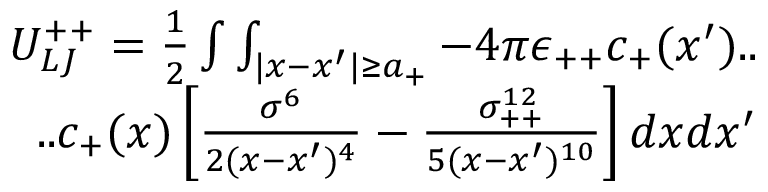
\begin{array} { r } { U _ { L J } ^ { + + } = \frac { 1 } { 2 } \int \int _ { | x - x ^ { \prime } | \geq a _ { + } } - 4 \pi \epsilon _ { + + } c _ { + } ( x ^ { \prime } ) . . } \\ { . . c _ { + } ( x ) \left[ \frac { \sigma ^ { 6 } } { 2 ( x - x ^ { \prime } ) ^ { 4 } } - \frac { \sigma _ { + + } ^ { 1 2 } } { 5 ( x - x ^ { \prime } ) ^ { 1 0 } } \right] d x d x ^ { \prime } } \end{array}